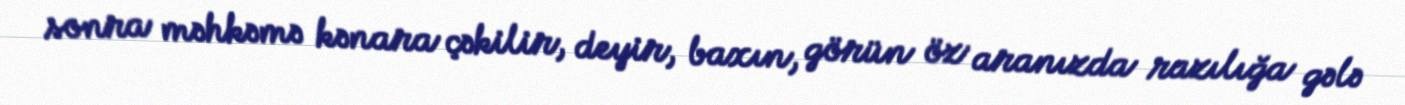
sonra məhkəmə kənara çəkilir, deyir, baxın, görün öz aranızda razılığa gələ